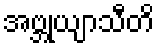
အဗ္ဘုယျာသီတိ